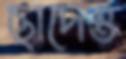
ছাদেও